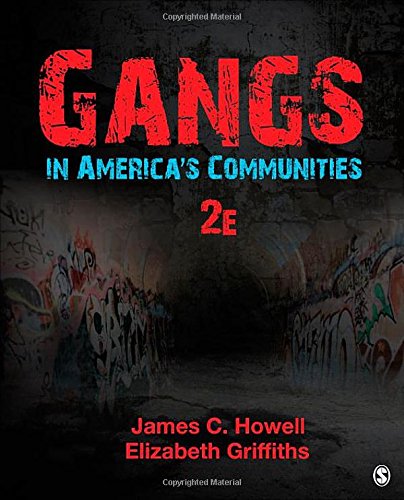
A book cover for Gangs in America's Communities; James (Buddy) C. (Carlton) Howell; Biographies & Memoirs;